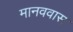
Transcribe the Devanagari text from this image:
मानववास